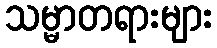
သမ္မာတရားများ